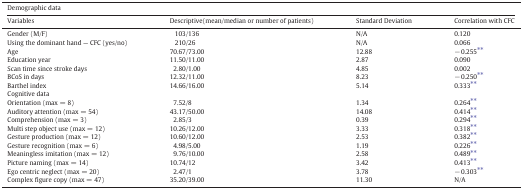
<table><thead><tr><td colspan="4"><b>Demographic data</b></td></tr><tr><td><b>Variables</b></td><td><b>Descriptive(mean/median or number of patients)</b></td><td><b>Standard Deviation</b></td><td><b>Correlation with CFC</b></td></tr></thead><tbody><tr><td>Gender (M/F)</td><td>103/136</td><td>N/A</td><td>0.120</td></tr><tr><td>Using the dominant hand — CFC (yes/no)</td><td>210/26</td><td>N/A</td><td>0.066</td></tr><tr><td>Age</td><td>70.67/73.00</td><td>12.88</td><td>− 0.255⁎⁎</td></tr><tr><td>Education year</td><td>11.50/11.00</td><td>2.87</td><td>0.090</td></tr><tr><td>Scan time since stroke days</td><td>2.80/1.00</td><td>4.85</td><td>0.002</td></tr><tr><td>BCoS in days</td><td>12.32/11.00</td><td>8.23</td><td>− 0.250⁎⁎</td></tr><tr><td>Barthel index</td><td>14.66/16.00</td><td>5.14</td><td>0.333⁎⁎</td></tr><tr><td colspan="4">Cognitive data</td></tr><tr><td>Orientation (max = 8)</td><td>7.52/8</td><td>1.34</td><td>0.264⁎⁎</td></tr><tr><td>Auditory attention (max = 54)</td><td>43.17/50.00</td><td>14.08</td><td>0.414⁎⁎</td></tr><tr><td>Comprehension (max = 3)</td><td>2.85/3</td><td>0.39</td><td>0.294⁎⁎</td></tr><tr><td>Multi step object use (max = 12)</td><td>10.26/12.00</td><td>3.33</td><td>0.318⁎⁎</td></tr><tr><td>Gesture production (max = 12)</td><td>10.60/12.00</td><td>2.53</td><td>0.382⁎⁎</td></tr><tr><td>Gesture recognition (max = 6)</td><td>4.98/5.00</td><td>1.19</td><td>0.226⁎⁎</td></tr><tr><td>Meaningless imitation (max = 12)</td><td>9.76/10.00</td><td>2.58</td><td>0.489⁎⁎</td></tr><tr><td>Picture naming (max = 14)</td><td>10.74/12</td><td>3.42</td><td>0.413⁎⁎</td></tr><tr><td>Ego centric neglect (max = 20)</td><td>2.47/1</td><td>3.78</td><td>− 0.303⁎⁎</td></tr><tr><td>Complex figure copy (max = 47)</td><td>35.20/39.00</td><td>11.30</td><td>N/A</td></tr></tbody></table>